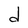
Character: d